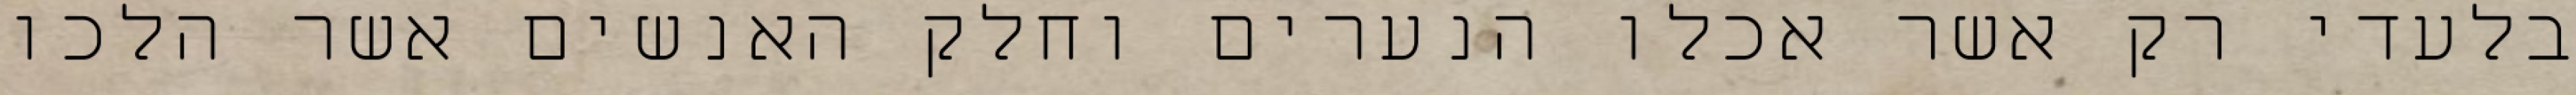
בלעדי רק אשר אכלו הנערים וחלק האנשים אשר הלכו